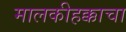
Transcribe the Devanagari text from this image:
मालकीहक्काचा